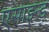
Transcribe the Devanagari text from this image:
एसाइन्ड